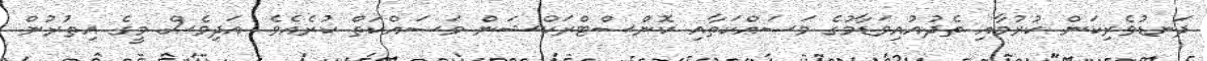
ދަނޑުވެރިކަން ކުރުމާއި ތެދުއުއިވަޑާމުގެ މަސައްކަތާއި ކޮންސްޓްރަކްޝަން މަސައްކަތް ކުރެއެވެ. އަދިވެސް މީގެ އިތުރުން